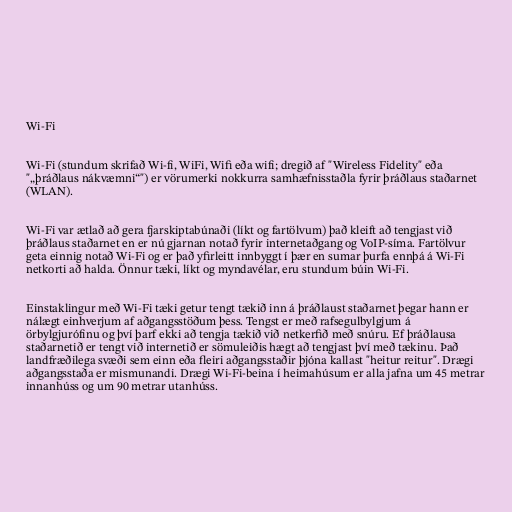
Wi-Fi

Wi-Fi (stundum skrifað Wi-fi, WiFi, Wifi eða wifi; dregið af "Wireless Fidelity" eða
"„þráðlaus nákvæmni“") er vörumerki nokkurra samhæfnisstaðla fyrir þráðlaus staðarnet
(WLAN).

Wi-Fi var ætlað að gera fjarskiptabúnaði (líkt og fartölvum) það kleift að tengjast við
þráðlaus staðarnet en er nú gjarnan notað fyrir internetaðgang og VoIP-síma. Fartölvur
geta einnig notað Wi-Fi og er það yfirleitt innbyggt í þær en sumar þurfa ennþá á Wi-Fi
netkorti að halda. Önnur tæki, líkt og myndavélar, eru stundum búin Wi-Fi.

Einstaklingur með Wi-Fi tæki getur tengt tækið inn á þráðlaust staðarnet þegar hann er
nálægt einhverjum af aðgangsstöðum þess. Tengst er með rafsegulbylgjum á
örbylgjurófinu og því þarf ekki að tengja tækið við netkerfið með snúru. Ef þráðlausa
staðarnetið er tengt við internetið er sömuleiðis hægt að tengjast því með tækinu. Það
landfræðilega svæði sem einn eða fleiri aðgangsstaðir þjóna kallast "heitur reitur". Drægi
aðgangsstaða er mismunandi. Drægi Wi-Fi-beina í heimahúsum er alla jafna um 45 metrar
innanhúss og um 90 metrar utanhúss.